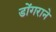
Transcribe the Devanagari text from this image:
डोंगराने